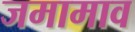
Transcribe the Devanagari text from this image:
जमामाव